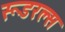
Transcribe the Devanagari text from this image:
रूडरल्स